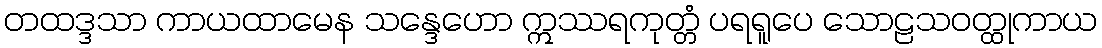
တထဒ္ဒသာ ကာယထာမေန သန္ဒေဟော ဣဿရကုတ္တံ ပရရူပေ သောဠသဝတ္ထုကာယ